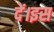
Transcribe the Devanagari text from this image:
दें।इस